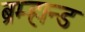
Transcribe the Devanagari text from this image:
ब्रम्हान्ड